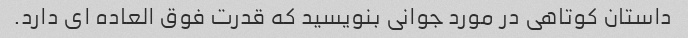
داستان کوتاهی در مورد جوانی بنویسید که قدرت فوق العاده ای دارد.